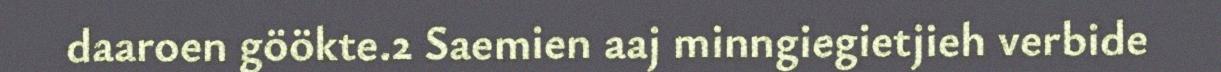
daaroen göökte.2 Saemien aaj minngiegietjieh verbide